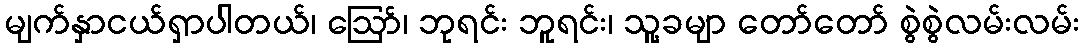
မျက်နှာငယ်ရှာပါတယ်၊ ဪ၊ ဘုရင်း ဘူရင်း၊ သူ့ခမျာ တော်တော် စွဲစွဲလမ်းလမ်း